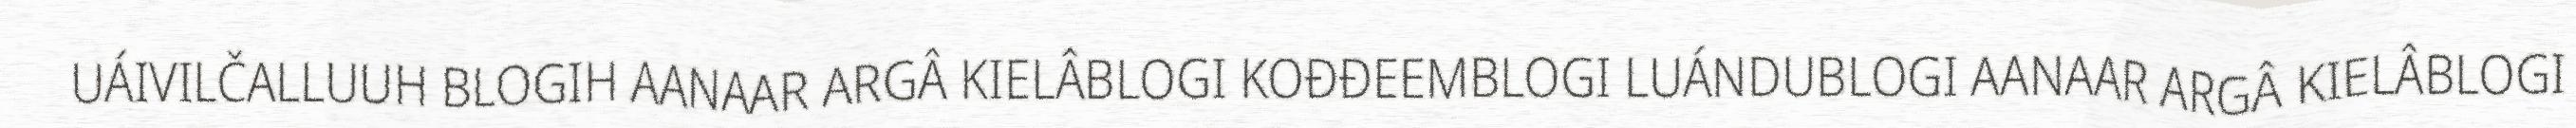
UÁIVILČALLUUH BLOGIH AANAAR ARGÂ KIELÂBLOGI KOĐĐEEMBLOGI LUÁNDUBLOGI AANAAR ARGÂ KIELÂBLOGI